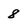
Character: 8